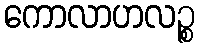
ကောလာဟလဉ္စ